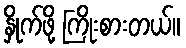
နှိုက်ဖို့ ကြိုးစားတယ်။